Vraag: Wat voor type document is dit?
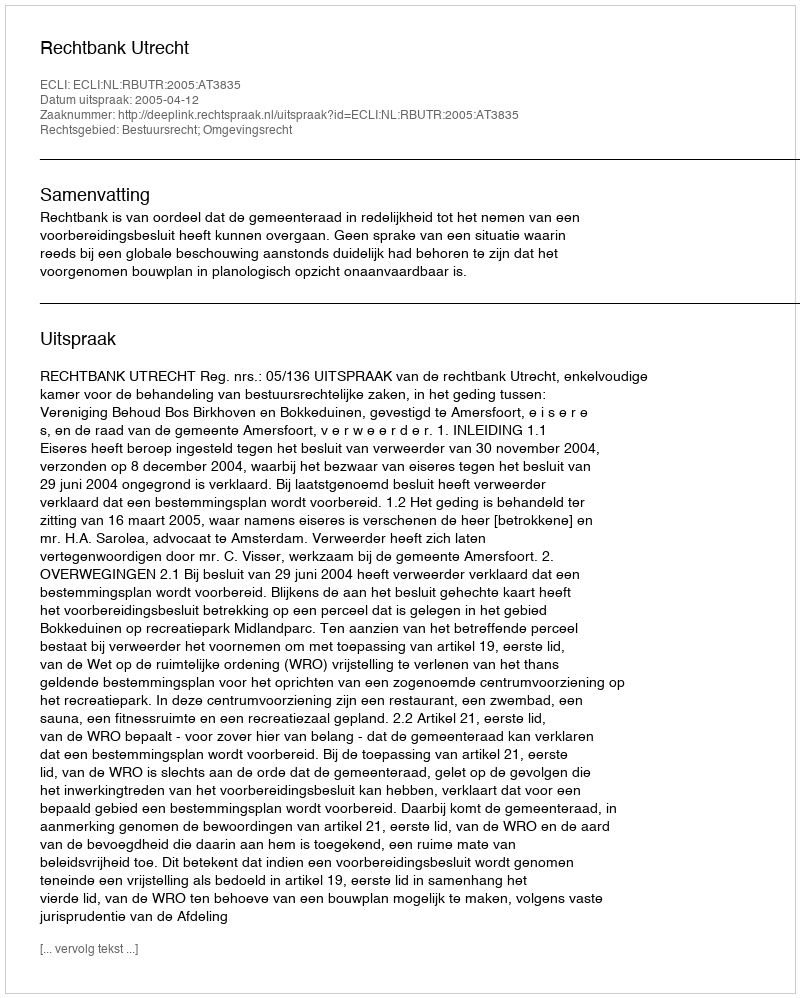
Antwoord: Uitspraak